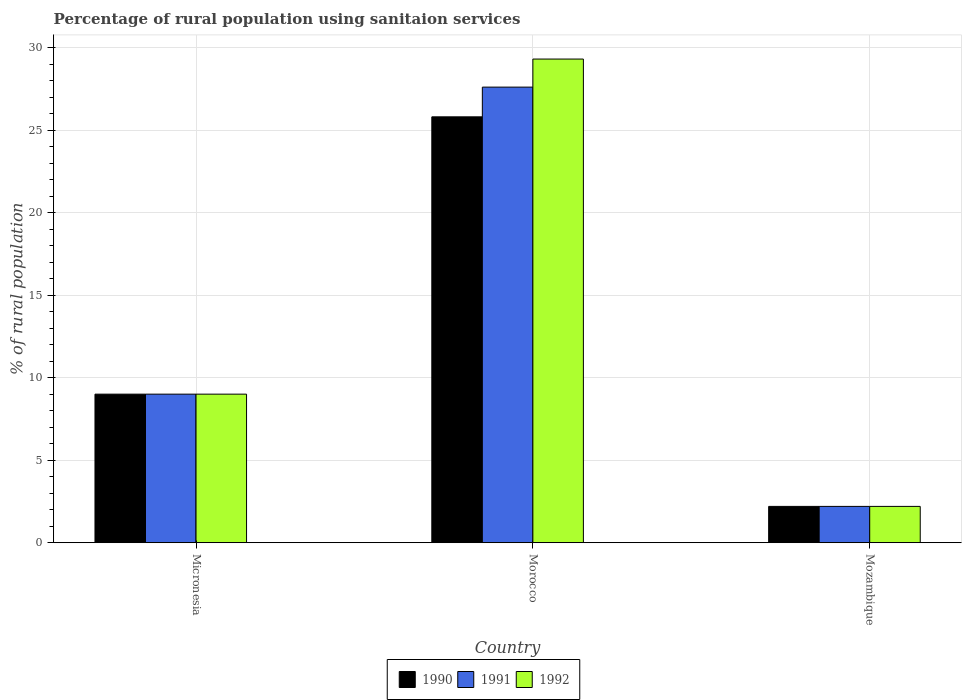
| Country | 1990 | 1991 | 1992 |
 | --- | --- | --- | --- |
 | Micronesia | 9 | 9 | 9 |
 | Morocco | 25.8 | 27.6 | 29.3 |
 | Mozambique | 2.2 | 2.2 | 2.2 |